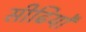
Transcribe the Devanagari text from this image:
सीढियोँ